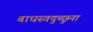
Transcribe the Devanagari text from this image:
बाधस्वदुच्छुना